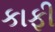
કાફી